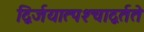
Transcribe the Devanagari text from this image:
द्विर्जयात्पश्‍चाद्वर्तते